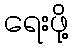
ရေးဖို့